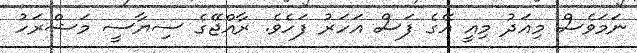
ނަމަވެސް މިއަދު މިއީ އޭގެ ފަސް އަހަރު ފަހެވެ. ރާއްޖޭގެ ސިޔާސީ މަޝްރަހު